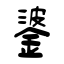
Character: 錃